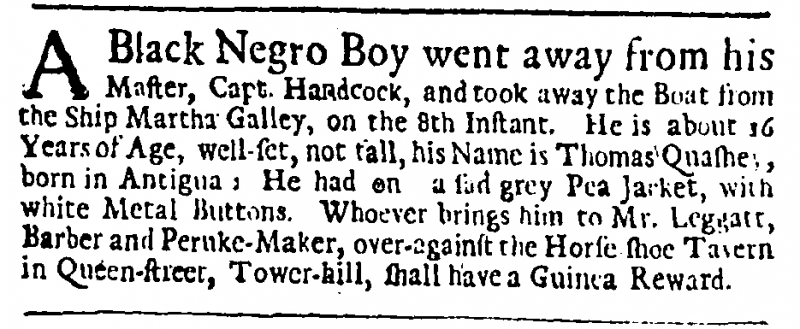
Daily Journal, 9 August 1732 (England)
A Black Negro Boy went away from his Master, Capt. Handcock, and took away the Boat from the Ship Martha Galley, on the 8th Instant. He is about 16 Years of Age, well-set, not tall, his Name is Thomas Quashey, born in Antigua; He had on a sad grey Pea Jacket, with white Metal Buttons. Whoever brings him to Mr. Leggatt, Barber and Peruke-Maker, over-against the Horse shoe Tavern in Queen-street, Tower-hill, shall have a Guinea Reward.